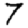
Digit: 7